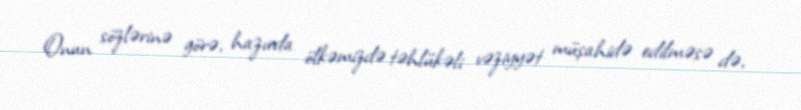
Onun sözlərinə görə, hazırda ölkəmizdə təhlükəli vəziyyət müşahidə edilməsə də,